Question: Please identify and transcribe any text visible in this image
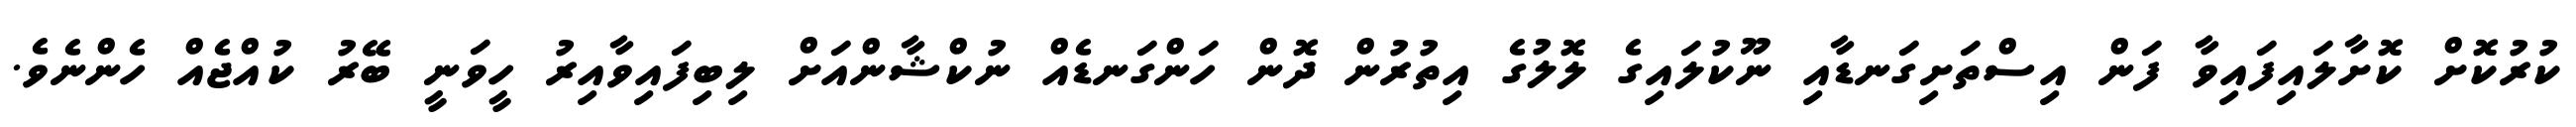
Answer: ކުރުކޮށް ކޮށާލައިފައިވާ ފަން އިސްތަށިގަނޑާއި ނޫކުލައިގެ ލޮލުގެ އިތުރުން ދޮން ހަންގަނޑެއް ނުކްޝާންއަށް ލިބިފައިވާއިރު ހީވަނީ ބޭރު ކުއްޖެއް ހެންނެވެ.